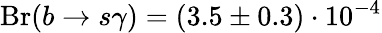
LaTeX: \mathrm{Br}(b\to s\gamma)=(3.5\pm 0.3)\cdot 10^{-4}